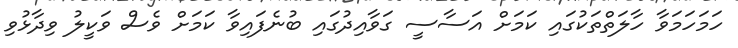
ހަމަހަމަވާ ހާލަތްތަކުގައި ކަމަށް އަސާސީ ގަވާއިދުގައި ބުނެފައިވާ ކަމަށް ވެސް ވަކީލު ވިދާޅުވި